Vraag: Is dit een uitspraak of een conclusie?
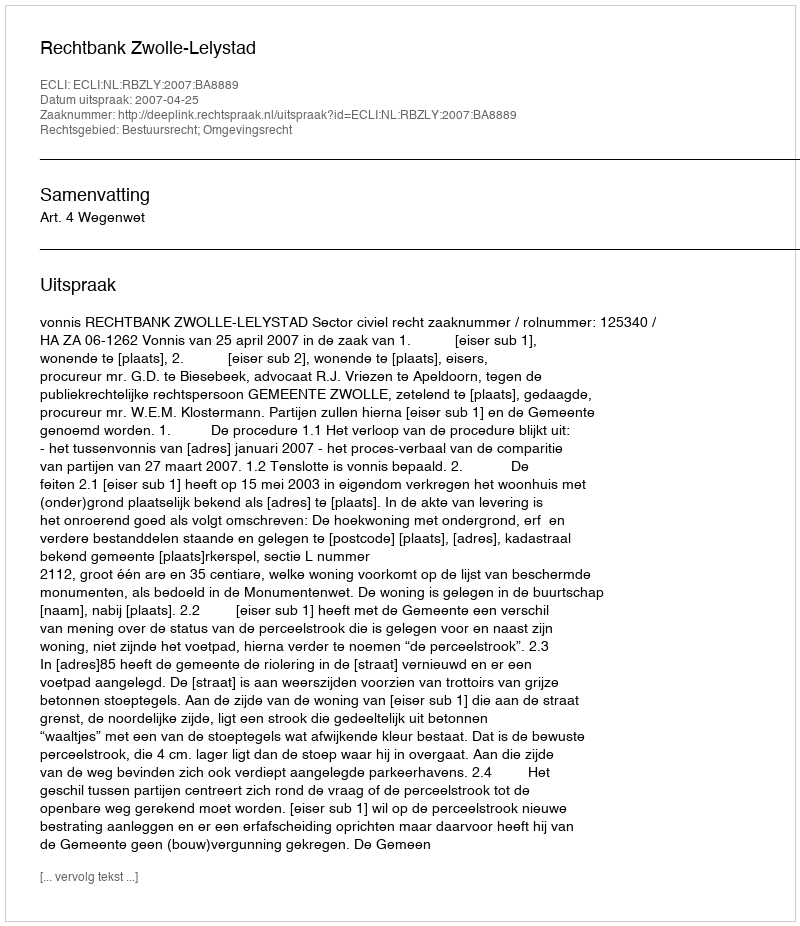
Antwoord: Uitspraak